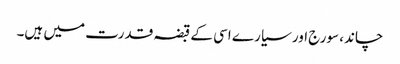
چاند، سورج اور سیارے اسی کے قبضہ قدرت میں ہیں۔